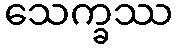
သေက္ခဿ